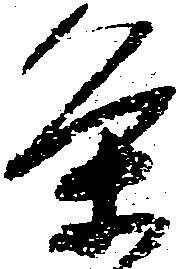
条